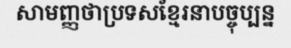
សាមញ្ញថាប្រទសខ្មែរនាបច្ចុប្បន្ន